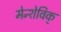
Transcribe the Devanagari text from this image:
मेन्शेविक्